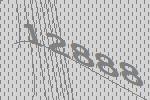
12888